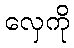
လှေကို